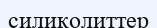
силиколиттер